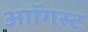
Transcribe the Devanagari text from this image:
आॉगस्ट